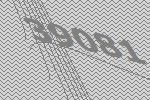
39081